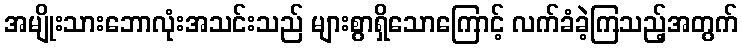
အမျိုးသားဘောလုံးအသင်းသည် များစွာရှိသောကြောင့် လက်ခံခဲ့ကြသည့်အတွက်